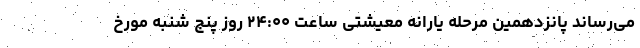
می‌رساند پانزدهمین مرحله یارانه معیشتی ساعت ۲۴:۰۰ روز پنج شنبه مورخ